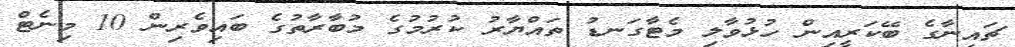
ޗައިނާގެ ބޭކަރީއިން ހުޅުވާލި މެޓާގަނޑު ތައްޔާރު ކުރުމުގެ މުބާރާތުގެ ބައިވެރިން 10 މިނެޓް